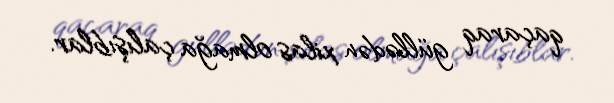
qaçaraq güllədən xilas olmağa çalışıblar.